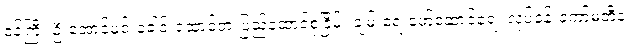
၀န်ကြီး ဦးအောင်မင်းခေါင်းဆောင်တဲ့ ပြည်ထောင်စုငြိမ်း ချမ်းရေးဖော်ဆောင်ရေး လုပ်ငန်းကော်မတီနဲ့